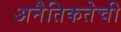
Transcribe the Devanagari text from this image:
अनैतिकतेची